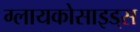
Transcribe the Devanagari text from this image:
ग्लायकोसाइड्‌स